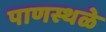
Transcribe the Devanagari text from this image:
पाणस्थळे